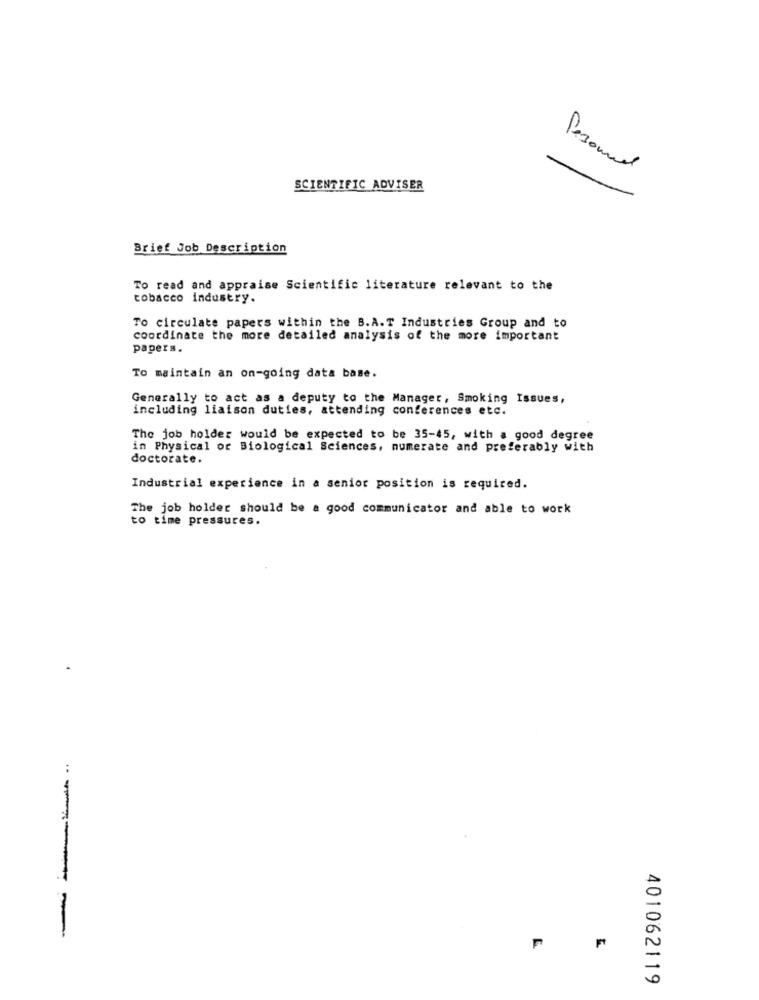
Pesound
SCIENTIFIC ADVISER
Brief Job Description
To read and appraise Scientific literature relevant to the
tobacco industry.
To circulate papers within the B.A.T Industries Group and to
coordinate the more detailed analysis of the more important
papers.
To maintain an on-going data base.
Generally to act as a deputy to the Manager, Smoking Issues,
including liaison duties, attending conferences etc.
The job holder would be expected to be 35-45, with a good degree
in Physical or Biological Sciences, numerate and preferably with
doctorate.
Industrial experience in a senior position is required.
The job holder should be a good communicator and able to work
to time pressures.
---
401062119